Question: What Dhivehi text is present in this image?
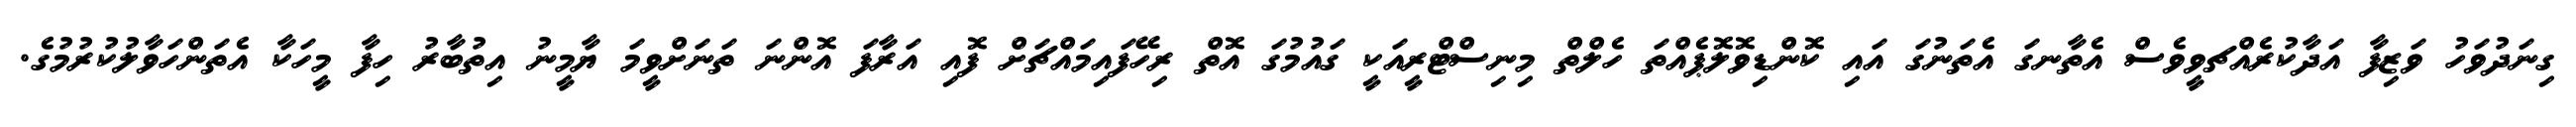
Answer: ގިނަދުވަހު ވަޒިފާ އަދާކުރެއްޗވީވެސް އެތާނގަ އެތަނުގަ އައި ކޮންޑިވޮލޮޕެއްތަ ހެލްތް މިނިސްޓްރީއަކީ ގައުމުގަ އޮތް ރިހޭފައިމައްޗަށް ފޮއި އަރާފަ އޮންނަ ތަނަށްވީމަ ޔާމީނު އިތުބާރު ހިފާ މީހަކާ އެތަންހަވާލުކުރުމުގެ.